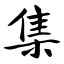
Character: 集